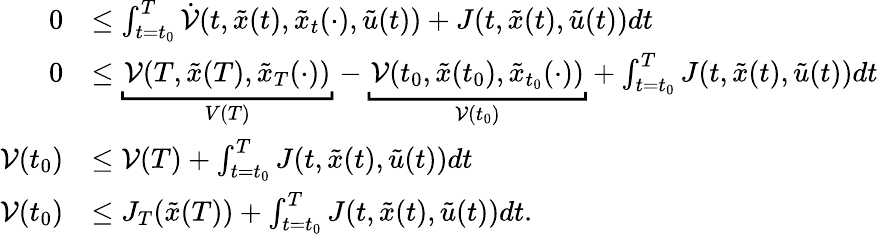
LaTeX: \begin{array}{rl}{0}&{\leq\int_{t=t_{0}}^{T}\dot{\mathcal{V}}(t,\tilde{x}(t),\tilde{x}_{t}(\cdot),\tilde{u}(t))+J(t,\tilde{x}(t),\tilde{u}(t))dt}\\ {0}&{\leq\underbracket{\mathcal{V}(T,\tilde{x}(T),\tilde{x}_{T}(\cdot))}_{V(T)}-\underbracket{\mathcal{V}(t_{0},\tilde{x}(t_{0}),\tilde{x}_{t_{0}}(\cdot))}_{\mathcal{V}(t_{0})}+\int_{t=t_{0}}^{T}J(t,\tilde{x}(t),\tilde{u}(t))dt}\\ {\mathcal{V}(t_{0})}&{\leq\mathcal{V}(T)+\int_{t=t_{0}}^{T}J(t,\tilde{x}(t),\tilde{u}(t))dt}\\ {\mathcal{V}(t_{0})}&{\leq J_{T}(\tilde{x}(T))+\int_{t=t_{0}}^{T}J(t,\tilde{x}(t),\tilde{u}(t))dt.}\end{array}